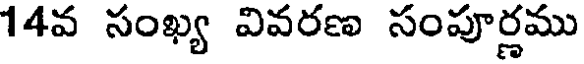
14వ సంఖ్య వివరణ సంపూర్ణము